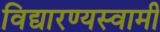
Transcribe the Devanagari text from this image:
विद्यारण्यस्वामी